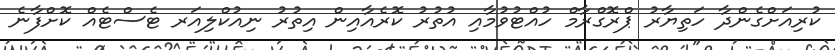
ކުރިއަށްގެންދާ ހަތިޔާރު ޕްރޮގްރާމް ހުއްޓުވުމާއި އުތުރު ކޮރެއާއިން އިތުރު ނިއުކްލިއަރ ޓެސްޓެއް ކޮށްފާނެ